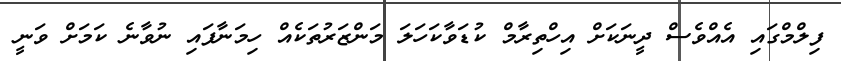
ފިލްމްގައި އެއްވެސް ދީނަކަށް އިހްތިރާމް ކުޑަވާކަހަލަ މަންޒަރުތަކެއް ހިމަނާފައި ނުވާނެ ކަމަށް ވަނީ